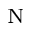
_ \mathrm { N }